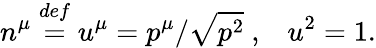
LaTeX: n^{\mu}\stackrel{def}{=}u^{\mu}=p^{\mu}/\sqrt{p^{2}}\mathrm{~,}\quad u^{2}=1\mathrm{.}